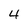
Character: 4